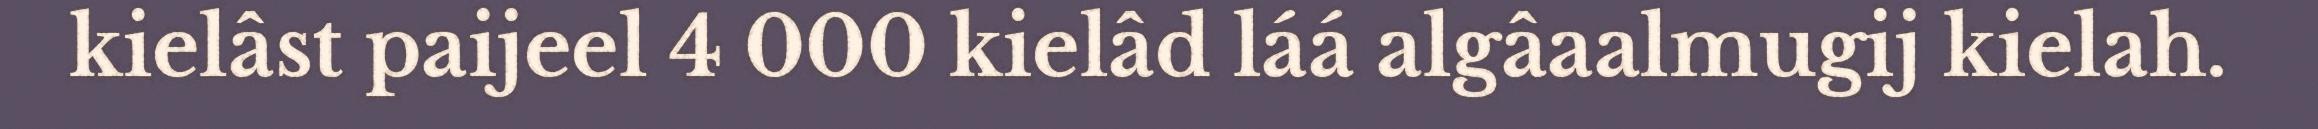
kielâst paijeel 4 000 kielâd láá algâaalmugij kielah.